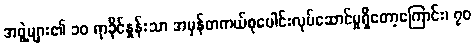
အဖွဲ့များ၏ ၁၀ ရာခိုင်နှုန်းသာ အမှန်တကယ်စုပေါင်းလုပ်ဆောင်မှုရှိတော့ကြောင်း၊ ၇၀